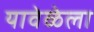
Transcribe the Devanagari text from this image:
यावेळेला